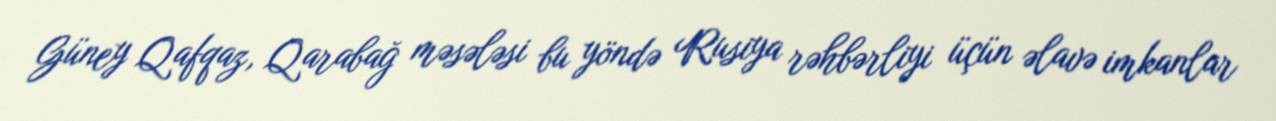
Güney Qafqaz, Qarabağ məsələsi bu yöndə Rusiya rəhbərliyi üçün əlavə imkanlar